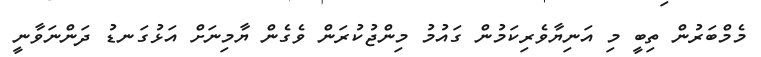
މެމްބަރުން ތިބީ މި އަނިޔާވެރިކަމުން ގައުމު މިންޖުކުރަން ވެގެން ޔާމިނަށް އަޅުގަނޑު ދަންނަވާނީ